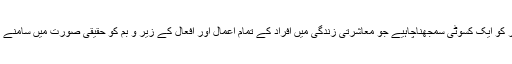
ان کے نزدیک قدر کو ایک کسوٹی سمجھناچاہیے جو معاشرتی زندگی میں افراد کے تمام اعمال اور افعال کے زیر و بم کو حقیقی صورت میں سامنے لانے پر قادر ہے۔